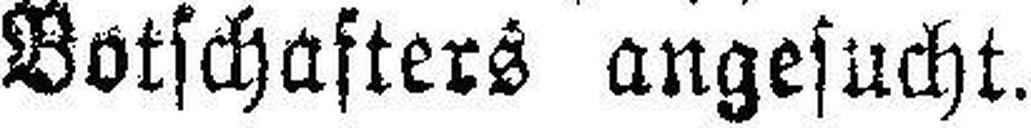
Botschafters angesucht.